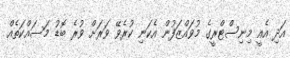
އަދި އެއީ މިނިސްޓްރީގެ މުވައްޒަފުން އެކަނި ކުރެވޭ ވަރަށް ވުރެ ބޮޑު މަސައްކަތެއް